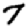
Digit: 7